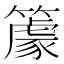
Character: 𥴧